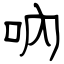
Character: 吶